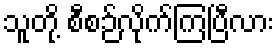
သူတို့ စီစဉ်လိုက်ကြပြီလား